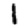
Digit: 1